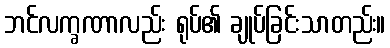
ဘင်လက္ခဏာလည်း ရုပ်၏ ချုပ်ခြင်းသာတည်း။